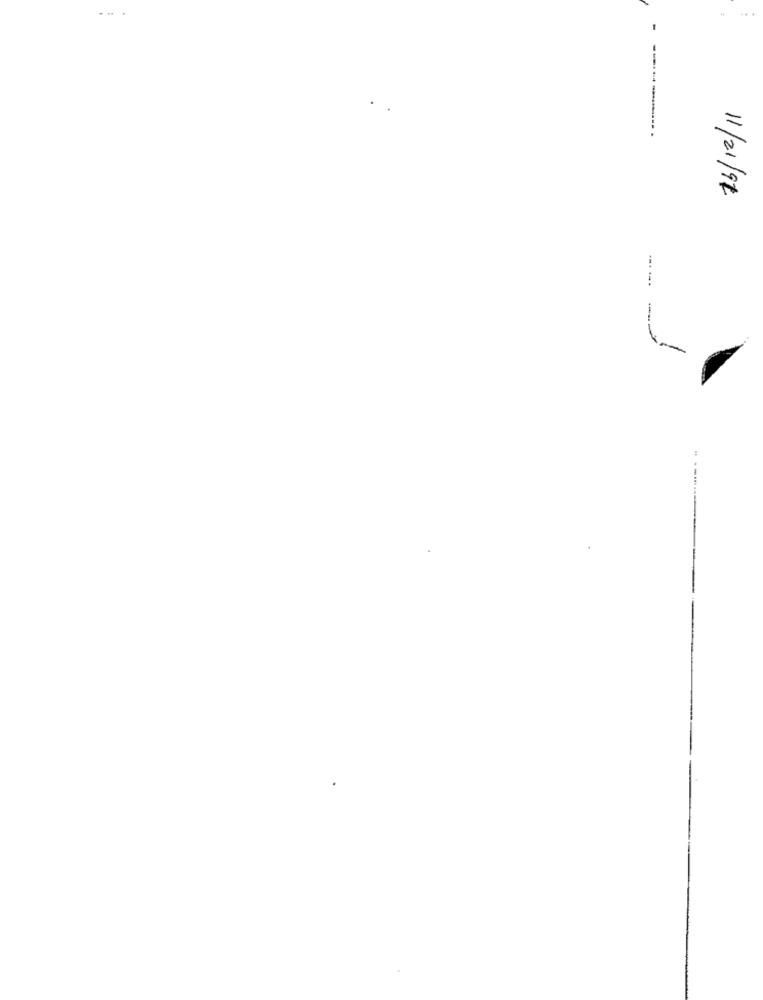
... .
...
=
11/21/97
-.